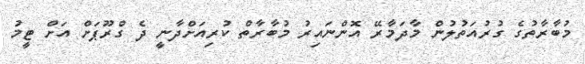
މުބާރާތުގެ ގުރުއަތުލުން މާދަމާރޭ އޮންނައިރު މުބާރާތް ކުރިއަށްދާނީ ދެ ގްރޫޕަށް އަށް ޓީމު